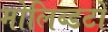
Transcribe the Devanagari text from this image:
मोलिब्डटों